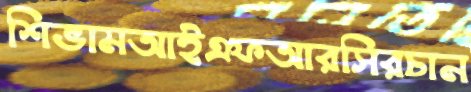
শিভামআইএফআরসিরচান